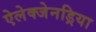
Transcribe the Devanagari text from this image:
ऐलेक्जेनड्रिया